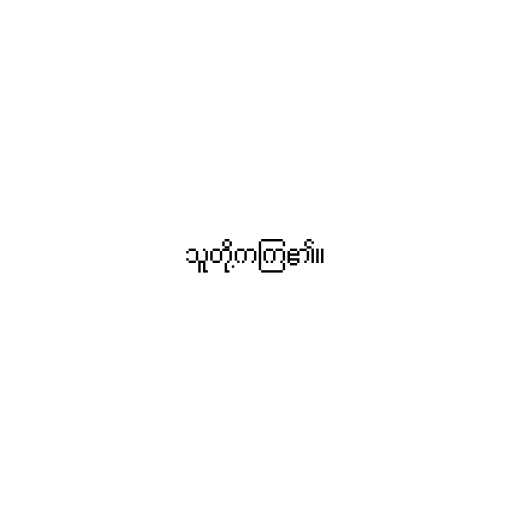
သူတို့ကကြ၏။